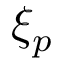
\xi _ { p }